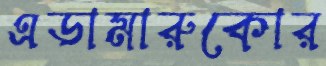
এডামারুকোর